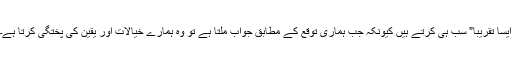
ایسا تقریبا” سب ہی کرتے ہیں کیونکہ جب ہماری توقع کے مطابق جواب ملتا ہے تو وہ ہمارے خیالات اور یقین کی پختگی کرتا ہے۔